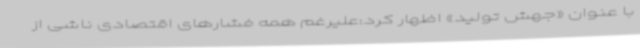
با عنوان «جهش تولید» اظهار کرد:علیرغم همه فشارهای اقتصادی ناشی از